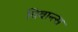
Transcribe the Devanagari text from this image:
विवान्त्स